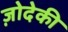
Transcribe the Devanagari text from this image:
ज़ोदेकी